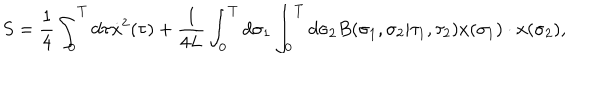
LaTeX: S = { \frac { 1 } { 4 } } \int _ { 0 } ^ { T } d \tau \dot { x } ^ { 2 } ( \tau ) + { \frac { 1 } { 4 L } } \int _ { 0 } ^ { T } d \sigma _ { 1 } \int _ { 0 } ^ { T } d \sigma _ { 2 } B ( \sigma _ { 1 } , \sigma _ { 2 } | \tau _ { 1 } , \tau _ { 2 } ) x ( \sigma _ { 1 } ) \cdot x ( \sigma _ { 2 } ) ,